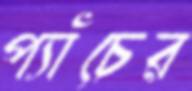
প্যাঁচের